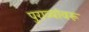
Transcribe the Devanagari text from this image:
पुराव्यांवरू